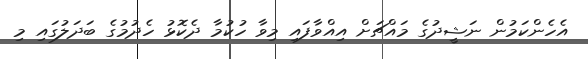
އެހެންކަމުން ނަޝީދުގެ މައްޗަށް އިއްވާފައި މިވާ ހުކުމާ ދެކޮޅު ހެދުމުގެ ބަދަލުގައި މި